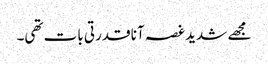
مجھے شدید غصہ آنا قدرتی بات تھی۔